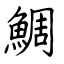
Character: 鯛